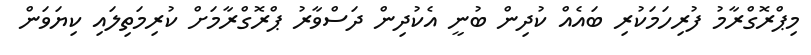
މިޕްރޮގްރާމު ފުރިހަމަކުރި ބައެއް ކުދިން ބުނީ އެކުދިން ދަސްވާރު ޕްރޮގްރާމަށް ކުރިމަތިލައި ކިޔަވަން